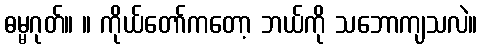
ဓမ္မဂုတ်။ ။ ကိုယ်တော်ကတော့ ဘယ်ကို သဘောကျသလဲ။